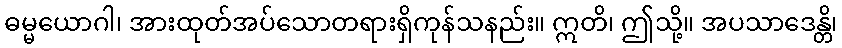
ဓမ္မယောဂါ၊ အားထုတ်အပ်သောတရားရှိကုန်သနည်း။ ဣတိ၊ ဤသို့။ အပသာဒေန္တိ၊